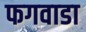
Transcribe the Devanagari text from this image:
फगवाडा